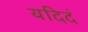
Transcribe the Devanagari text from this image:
यदिदं